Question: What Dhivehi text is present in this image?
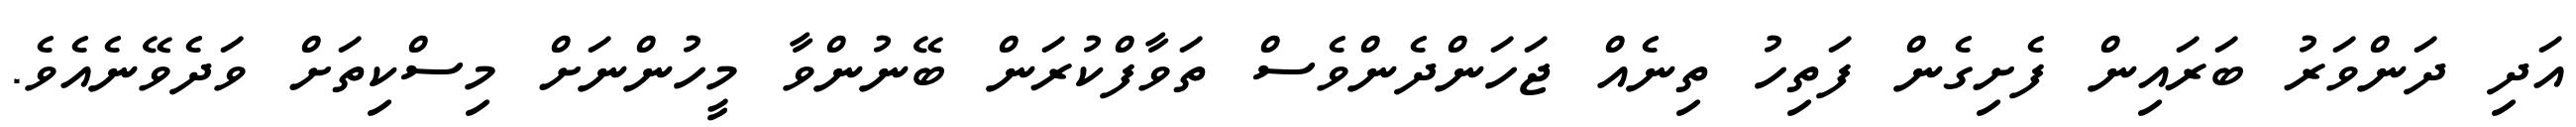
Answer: އަދި ދަންވަރު ބަރައިން ފެށިގެން ފަތިހު ތިނެއް ޖަހަންދެންވެސް ތަވާފްކުރަން ބޭނުންވާ މީހުންނަށް މިސްކިތަށް ވަދެވޭނެއެވެ.